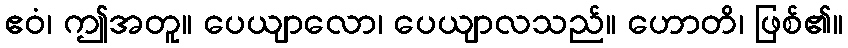
ဧဝံ၊ ဤအတူ။ ပေယျာလော၊ ပေယျာလသည်။ ဟောတိ၊ ဖြစ်၏။